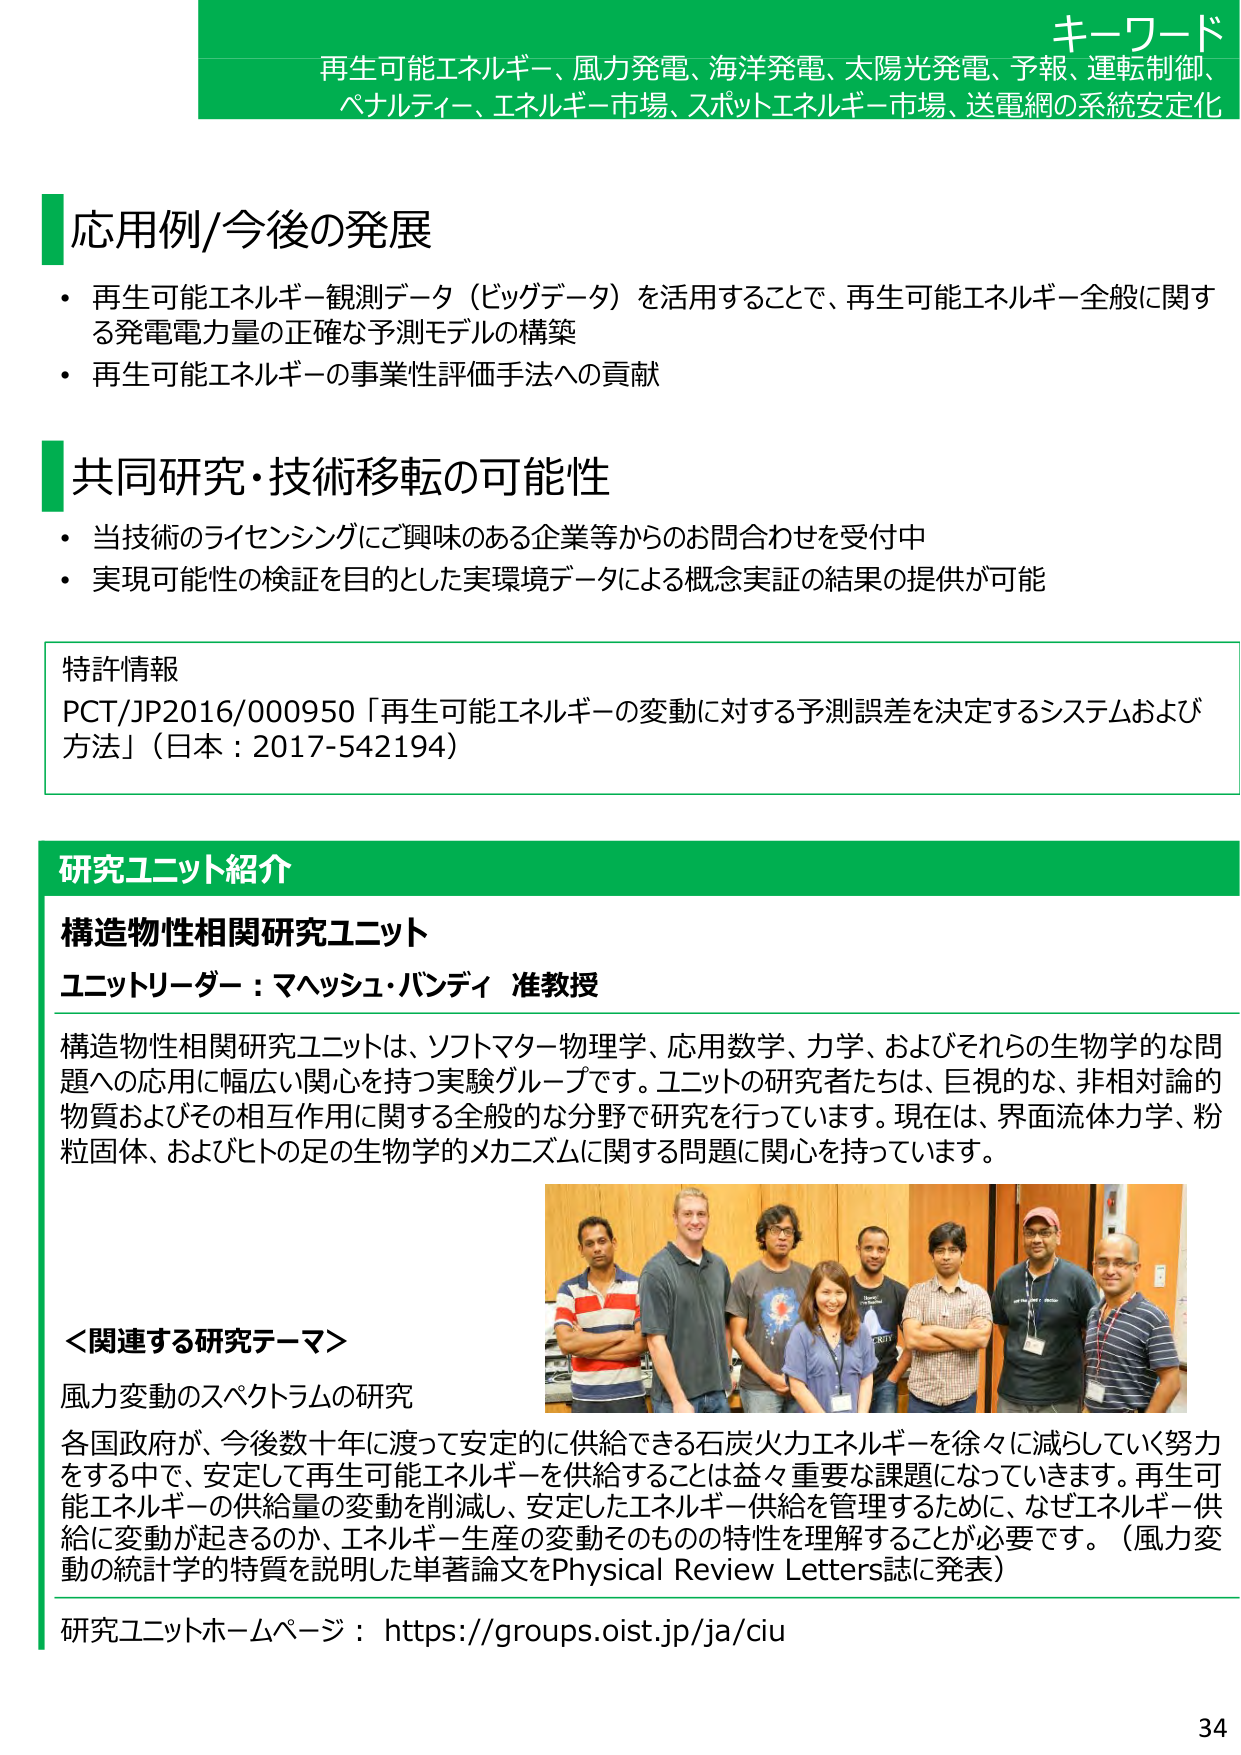
キーワード
再生可能エネルギー、風力発電、海洋発電、太陽光発電、予報、運転制御、
ペナルティ、エネルギー市場、スポットエネルギー市場、送電網の系統安定化

応用例/今後の発展
・再生可能エネルギー観測データ（ビッグデータ）を活用することで、再生可能エネルギー全般に関する発電電力量の正確な予測モデルの構築
・再生可能エネルギーの事業性評価手法への貢献

共同研究・技術移転の可能性
・当技術のライセンシングにご興味のある企業等からのお問合わせを受付中
・実現可能性の検証を目的とした実環境データによる概念実証の結果の提供が可能

特許情報
PCT/JP2016/000950「再生可能エネルギーの変動に対する予測誤差を決定するシステムおよび方法」（日本：2017-542194）

研究ユニット紹介
構造物性相関研究ユニット
ユニットリーダー：マヘッシュ・バンディ 准教授

構造物性相関研究ユニットは、ソフトマター物理学、応用数学、力学、およびそれらの生物学的な問題への応用に幅広い関心を持つ実験グループです。ユニットの研究者たちは、巨視的な、非相対論的物質およびその相互作用に関する全般的な分野で研究を行っています。現在は、界面流体力学、粉粒固体、およびヒトの足の生物学的メカニズムに関する問題に関心を持っています。

＜関連する研究テーマ＞
風力変動のスペクトラムの研究

各国政府が、今後数十年に渡って安定的に供給できる石炭火力エネルギーを徐々に減らしていく努力をする中で、安定して再生可能エネルギーを供給することは益々重要な課題になっています。再生可能エネルギーの供給量の変動を削減し、安定したエネルギー供給を管理するために、なぜエネルギー供給に変動が起きるのか、エネルギー生産の変動そのものの特性を理解することが必要です。（風力変動の統計学的特質を説明した単著論文をPhysical Review Letters誌に発表）

研究ユニットホームページ：https://groups.oist.jp/ja/ciu

34